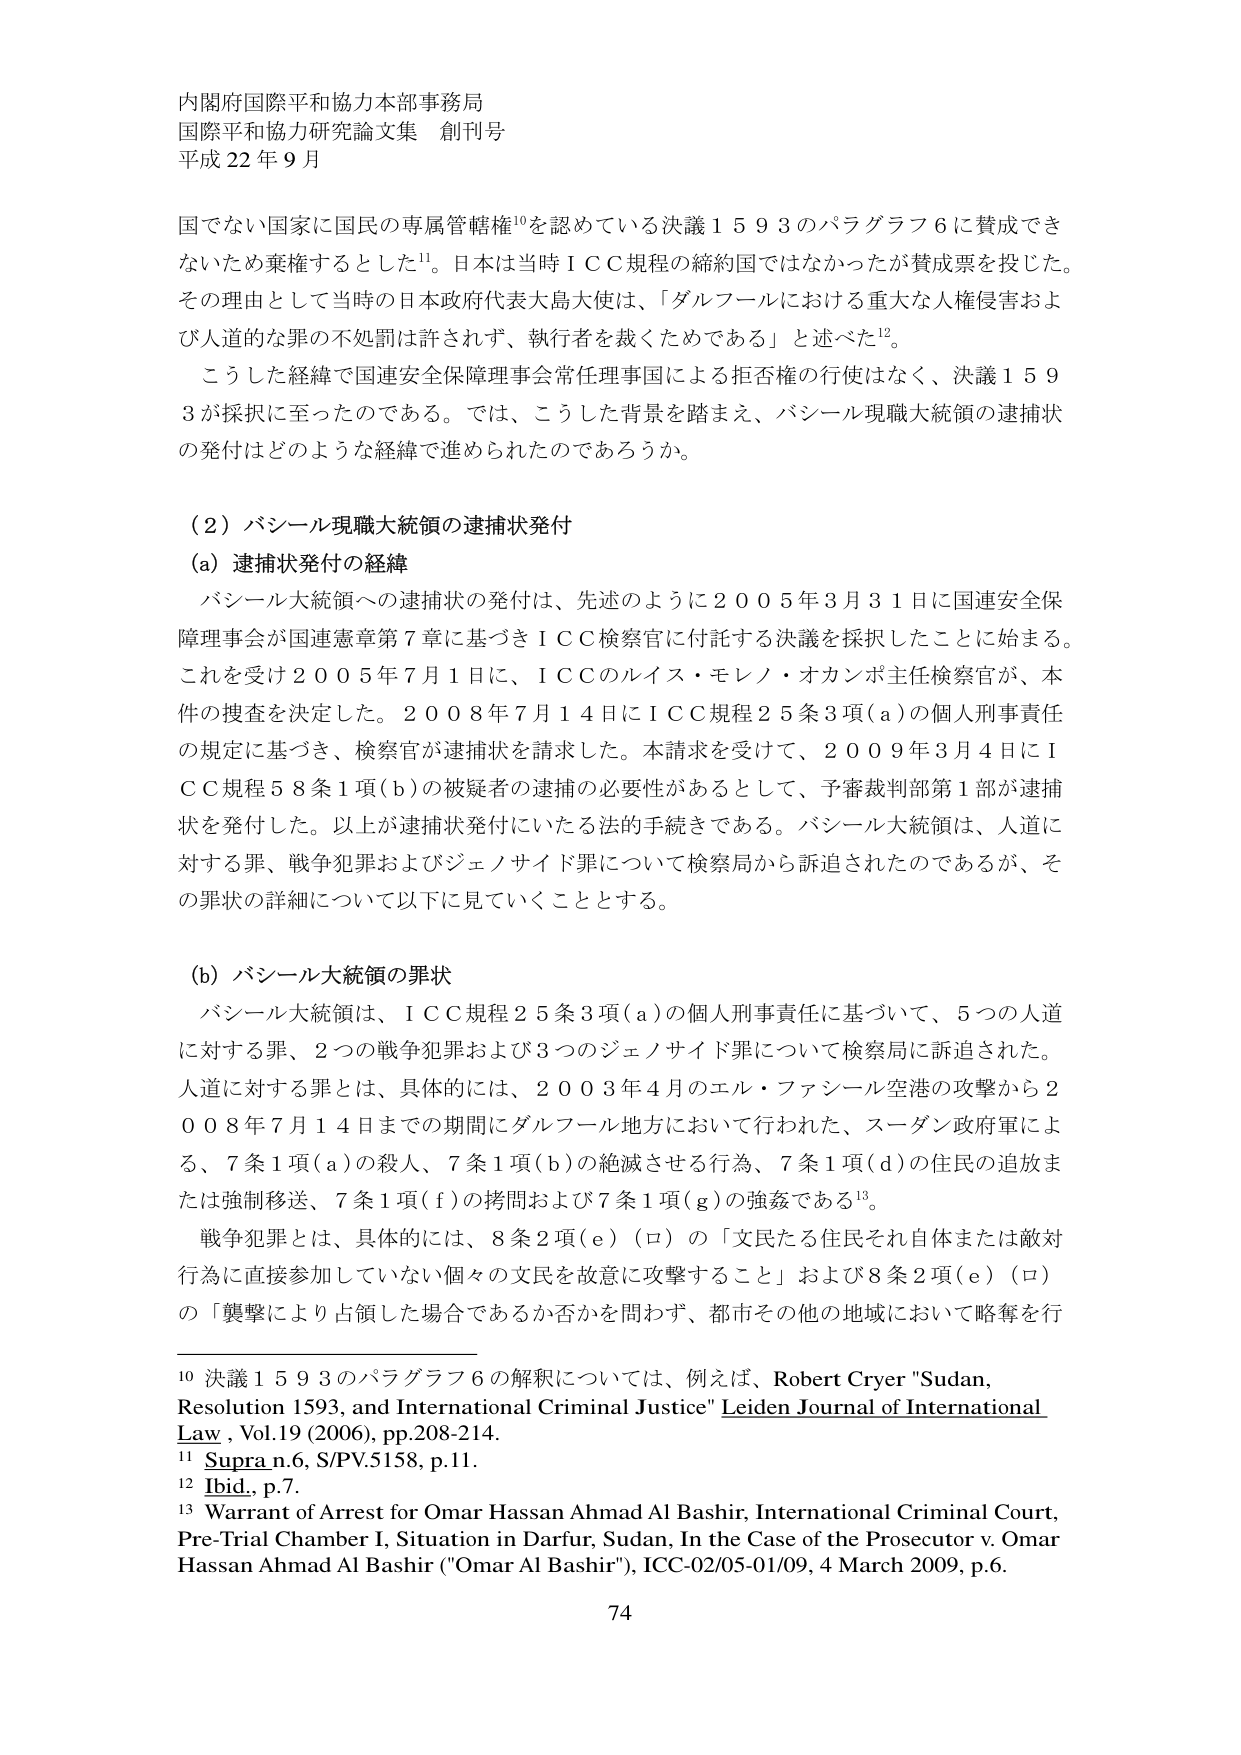
内閣府国際平和協力本部事務局
国際平和協力研究論文集 創刊号
平成22年9月

国でない国家に国民の専属管轄権¹⁰を認めている決議1593のパラグラフ6に賛成でき
ないため棄権するとした¹¹。日本は当時ICC規程の締約国ではなかったが賛成票を投じた。
その理由として当時の日本政府代表大島大使は、「ダルフールにおける重大な人権侵害およ
び人道的な罪の不処罰は許されず、執行者を裁くためである」と述べた¹²。

こうした経緯で国連安全保障理事会常任理事国による拒否権の行使はなく、決議159
3が採択に至ったのである。では、こうした背景を踏まえ、バシール現職大統領の逮捕状
の発付はどのような経緯で進められたのであろうか。

（2）バシール現職大統領の逮捕状発付

（a）逮捕状発付の経緯
バシール大統領への逮捕状の発付は、先述のように2005年3月31日に国連安全保障理事会が国連憲章第7章に基づきICC検察官に付託する決議を採択したことに始まる。
これを受け2005年7月1日に、ICCのルイス・モレノ・オカンポ主任検察官が、本件の捜査を決定した。2008年7月14日にICC規程25条3項(a)の個人刑事責任の規定に基づき、検察官が逮捕状を請求した。本請求を受けて、2009年3月4日にICC規程58条1項(b)の被疑者の逮捕の必要性があるとして、予審裁判部第1部が逮捕状を発付した。以上が逮捕状発付にいたる法的手続きである。バシール大統領は、人道に対する罪、戦争犯罪およびジェノサイド罪について検察局から訴追されたのであるが、その罪状の詳細について以下に見ていくこととする。

（b）バシール大統領の罪状
バシール大統領は、ICC規程25条3項(a)の個人刑事責任に基づいて、5つの人道に対する罪、2つの戦争犯罪および3つのジェノサイド罪について検察局に訴追された。
人道に対する罪とは、具体的には、2003年4月のエル・ファシール空港の攻撃から2008年7月14日までの期間にダルフール地方において行われた、スーダン政府軍による、7条1項(a)の殺人、7条1項(b)の絶滅させる行為、7条1項(d)の住民の追放または強制移送、7条1項(f)の拷問および7条1項(g)の強姦である¹³。
戦争犯罪とは、具体的には、8条2項(e)(ロ)の「文民たる住民それ自体または敵対行為に直接参加していない個々の文民を故意に攻撃すること」および8条2項(e)(ロ)の「襲撃により占領した場合であるか否かを問わず、都市その他の地域において略奪を行

¹⁰ 決議1593のパラグラフ6の解釈については、例えば、Robert Cryer "Sudan, Resolution 1593, and International Criminal Justice" Leiden Journal of International Law, Vol.19 (2006), pp.208-214.
¹¹ Supra n.6, S/PV.5158, p.11.
¹² Ibid., p.7.
¹³ Warrant of Arrest for Omar Hassan Ahmad Al Bashir, International Criminal Court, Pre-Trial Chamber I, Situation in Darfur, Sudan, In the Case of the Prosecutor v. Omar Hassan Ahmad Al Bashir ("Omar Al Bashir"), ICC-02/05-01/09, 4 March 2009, p.6.

74